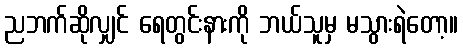
ညဘက်ဆိုလျှင် ရေတွင်းနားကို ဘယ်သူမှ မသွားရဲတော့။